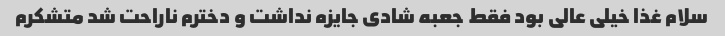
سلام غذا خیلی عالی بود فقط جعبه شادی جایزه نداشت و دخترم ناراحت شد متشکرم